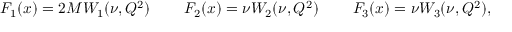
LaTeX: F _ { 1 } ( x ) = 2 M W _ { 1 } ( \nu , Q ^ { 2 } ) \; \; \; \; \; \; \; \; F _ { 2 } ( x ) = \nu W _ { 2 } ( \nu , Q ^ { 2 } ) \; \; \; \; \; \; \; \; F _ { 3 } ( x ) = \nu W _ { 3 } ( \nu , Q ^ { 2 } ) ,